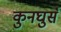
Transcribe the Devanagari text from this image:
कुनघुसँ